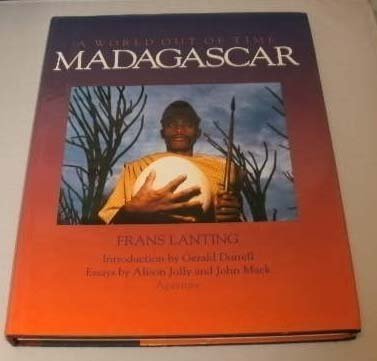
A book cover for Madagascar: A World Out of Time; Travel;